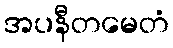
အပနီတမေတံ